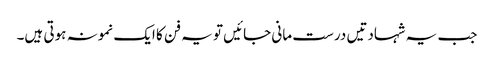
جب یہ شہادتیں درست مانی جائیں تو یہ فن کا ایک نمونہ ہوتی ہیں۔